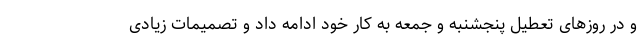
و در روزهای تعطیل پنجشنبه و جمعه به کار خود ادامه داد و تصمیمات زیادی